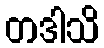
တဒါသိ